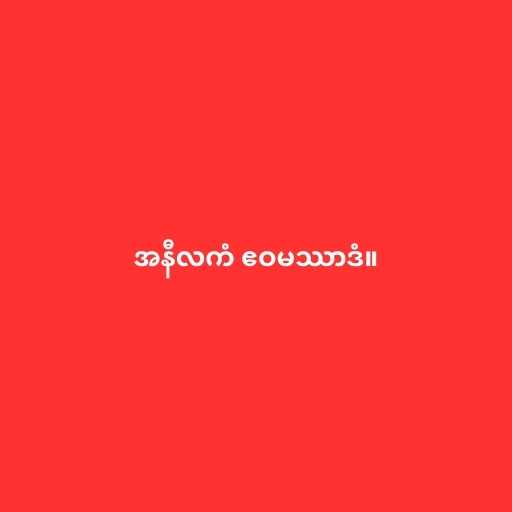
အနီလကံ ဧဝမဿာဒံ။